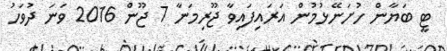
ޓީ ބަޔާން ހުށަނޭޅުމުން އަރައިފައިވާ ޖޫރިމަނާ 7 ޖޫން 2016 ވަނަ ދުވަހު